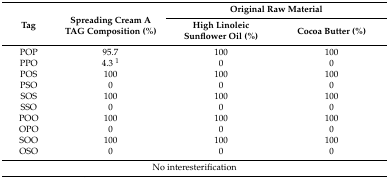
<table><thead><tr><td rowspan="2"><b>Tag</b></td><td rowspan="2"><b>Spreading Cream A TAG Composition (%)</b></td><td colspan="2"><b>Original Raw Material</b></td></tr><tr><td><b>High Linoleic Sunflower Oil (%)</b></td><td><b>Cocoa Butter (%)</b></td></tr></thead><tbody><tr><td>POP</td><td>95.7</td><td>100</td><td>100</td></tr><tr><td>PPO</td><td>4.3 <sup>1</sup></td><td>0</td><td>0</td></tr><tr><td>POS</td><td>100</td><td>100</td><td>100</td></tr><tr><td>PSO</td><td>0</td><td>0</td><td>0</td></tr><tr><td>SOS</td><td>100</td><td>100</td><td>100</td></tr><tr><td>SSO</td><td>0</td><td>0</td><td>0</td></tr><tr><td>POO</td><td>100</td><td>100</td><td>100</td></tr><tr><td>OPO</td><td>0</td><td>0</td><td>0</td></tr><tr><td>SOO</td><td>100</td><td>100</td><td>100</td></tr><tr><td>OSO</td><td>0</td><td>0</td><td>0</td></tr><tr><td colspan="4">No interesterification</td></tr></tbody></table>